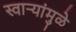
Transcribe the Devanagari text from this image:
स्वार्‍यांमुळे